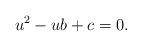
LaTeX: \begin{align*}~u^2 - ub + c = 0.\end{align*}